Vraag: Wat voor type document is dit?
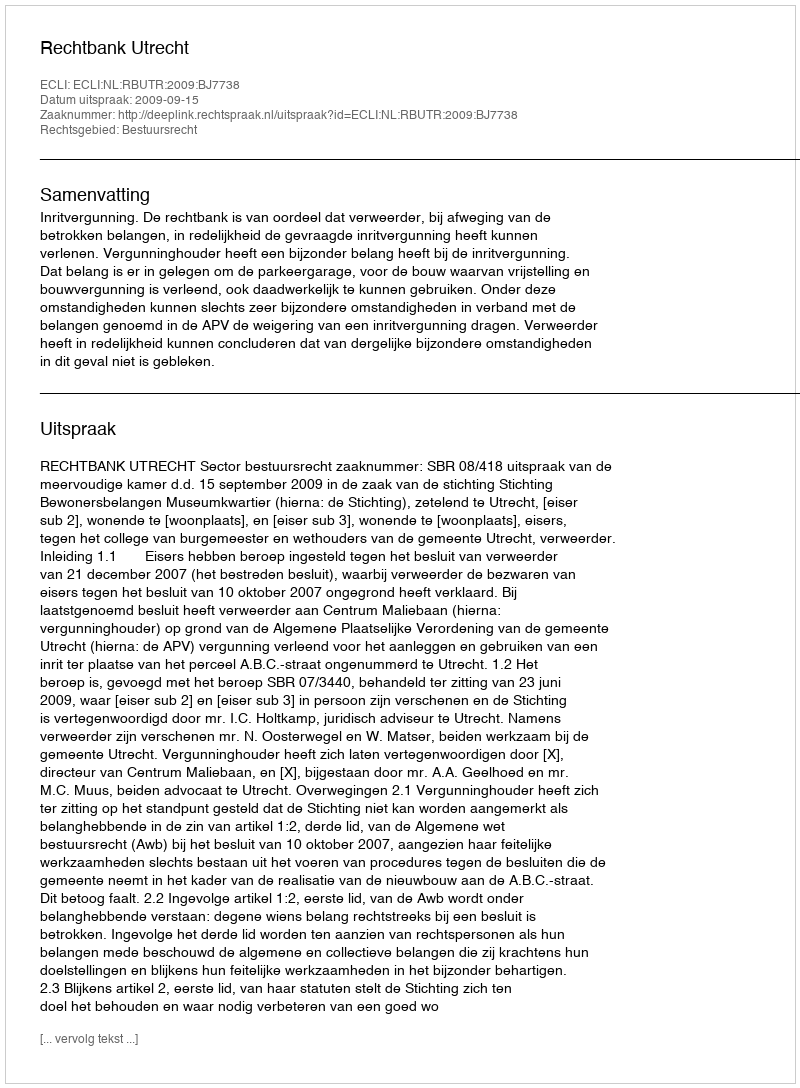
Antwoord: Uitspraak